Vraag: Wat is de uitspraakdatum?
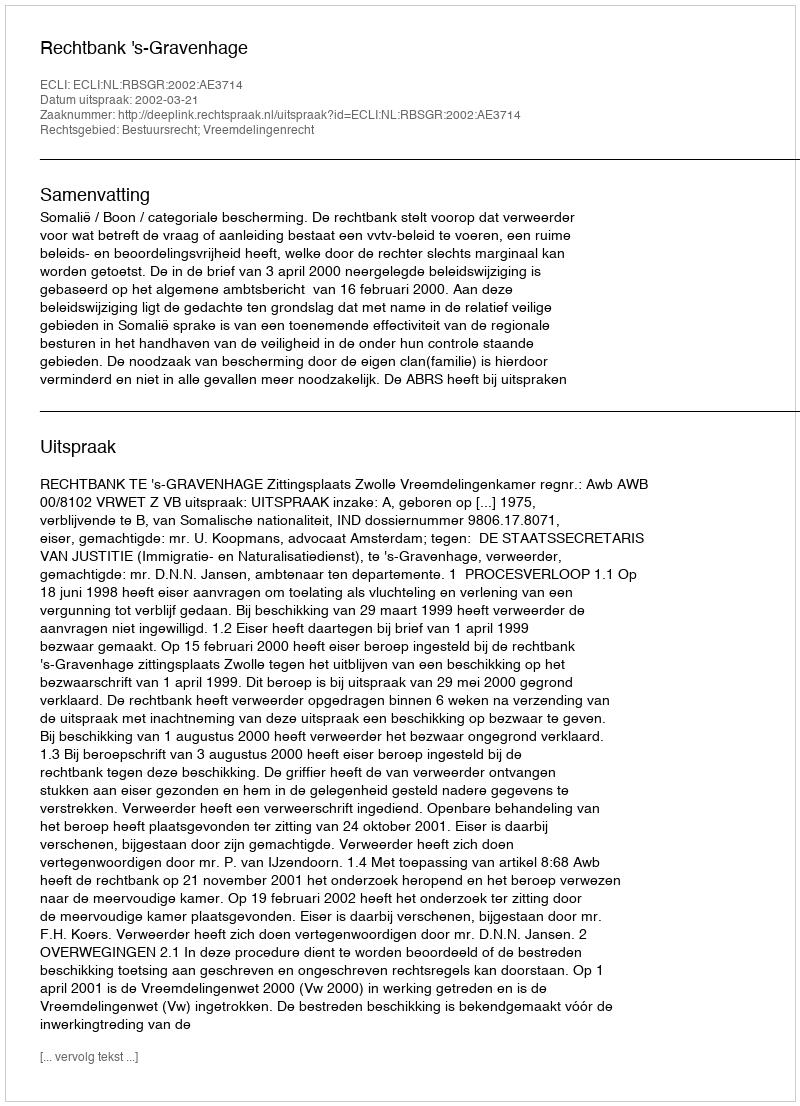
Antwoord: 2002-03-21